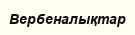
Вербеналықтар